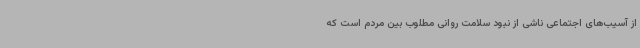
از آسیب‌های اجتماعی ناشی از نبود سلامت روانی مطلوب بین مردم است که